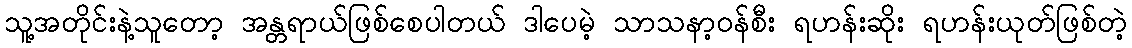
သူ့အတိုင်းနဲ့သူတော့ အန္တရာယ်ဖြစ်စေပါတယ် ဒါပေမဲ့ သာသနာ့ဝန်စီး ရဟန်းဆိုး ရဟန်းယုတ်ဖြစ်တဲ့